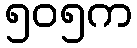
၅၀၅က